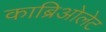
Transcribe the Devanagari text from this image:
काब्रिओलेट